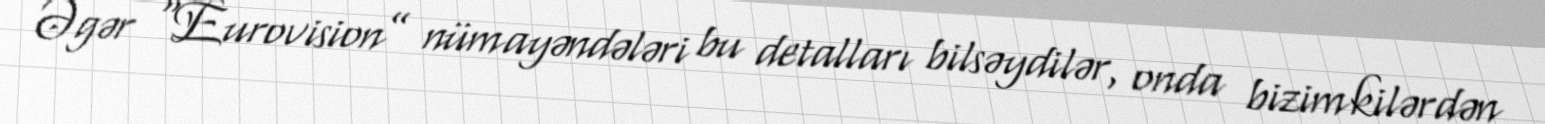
Əgər “Eurovision” nümayəndələri bu detalları bilsəydilər, onda bizimkilərdən